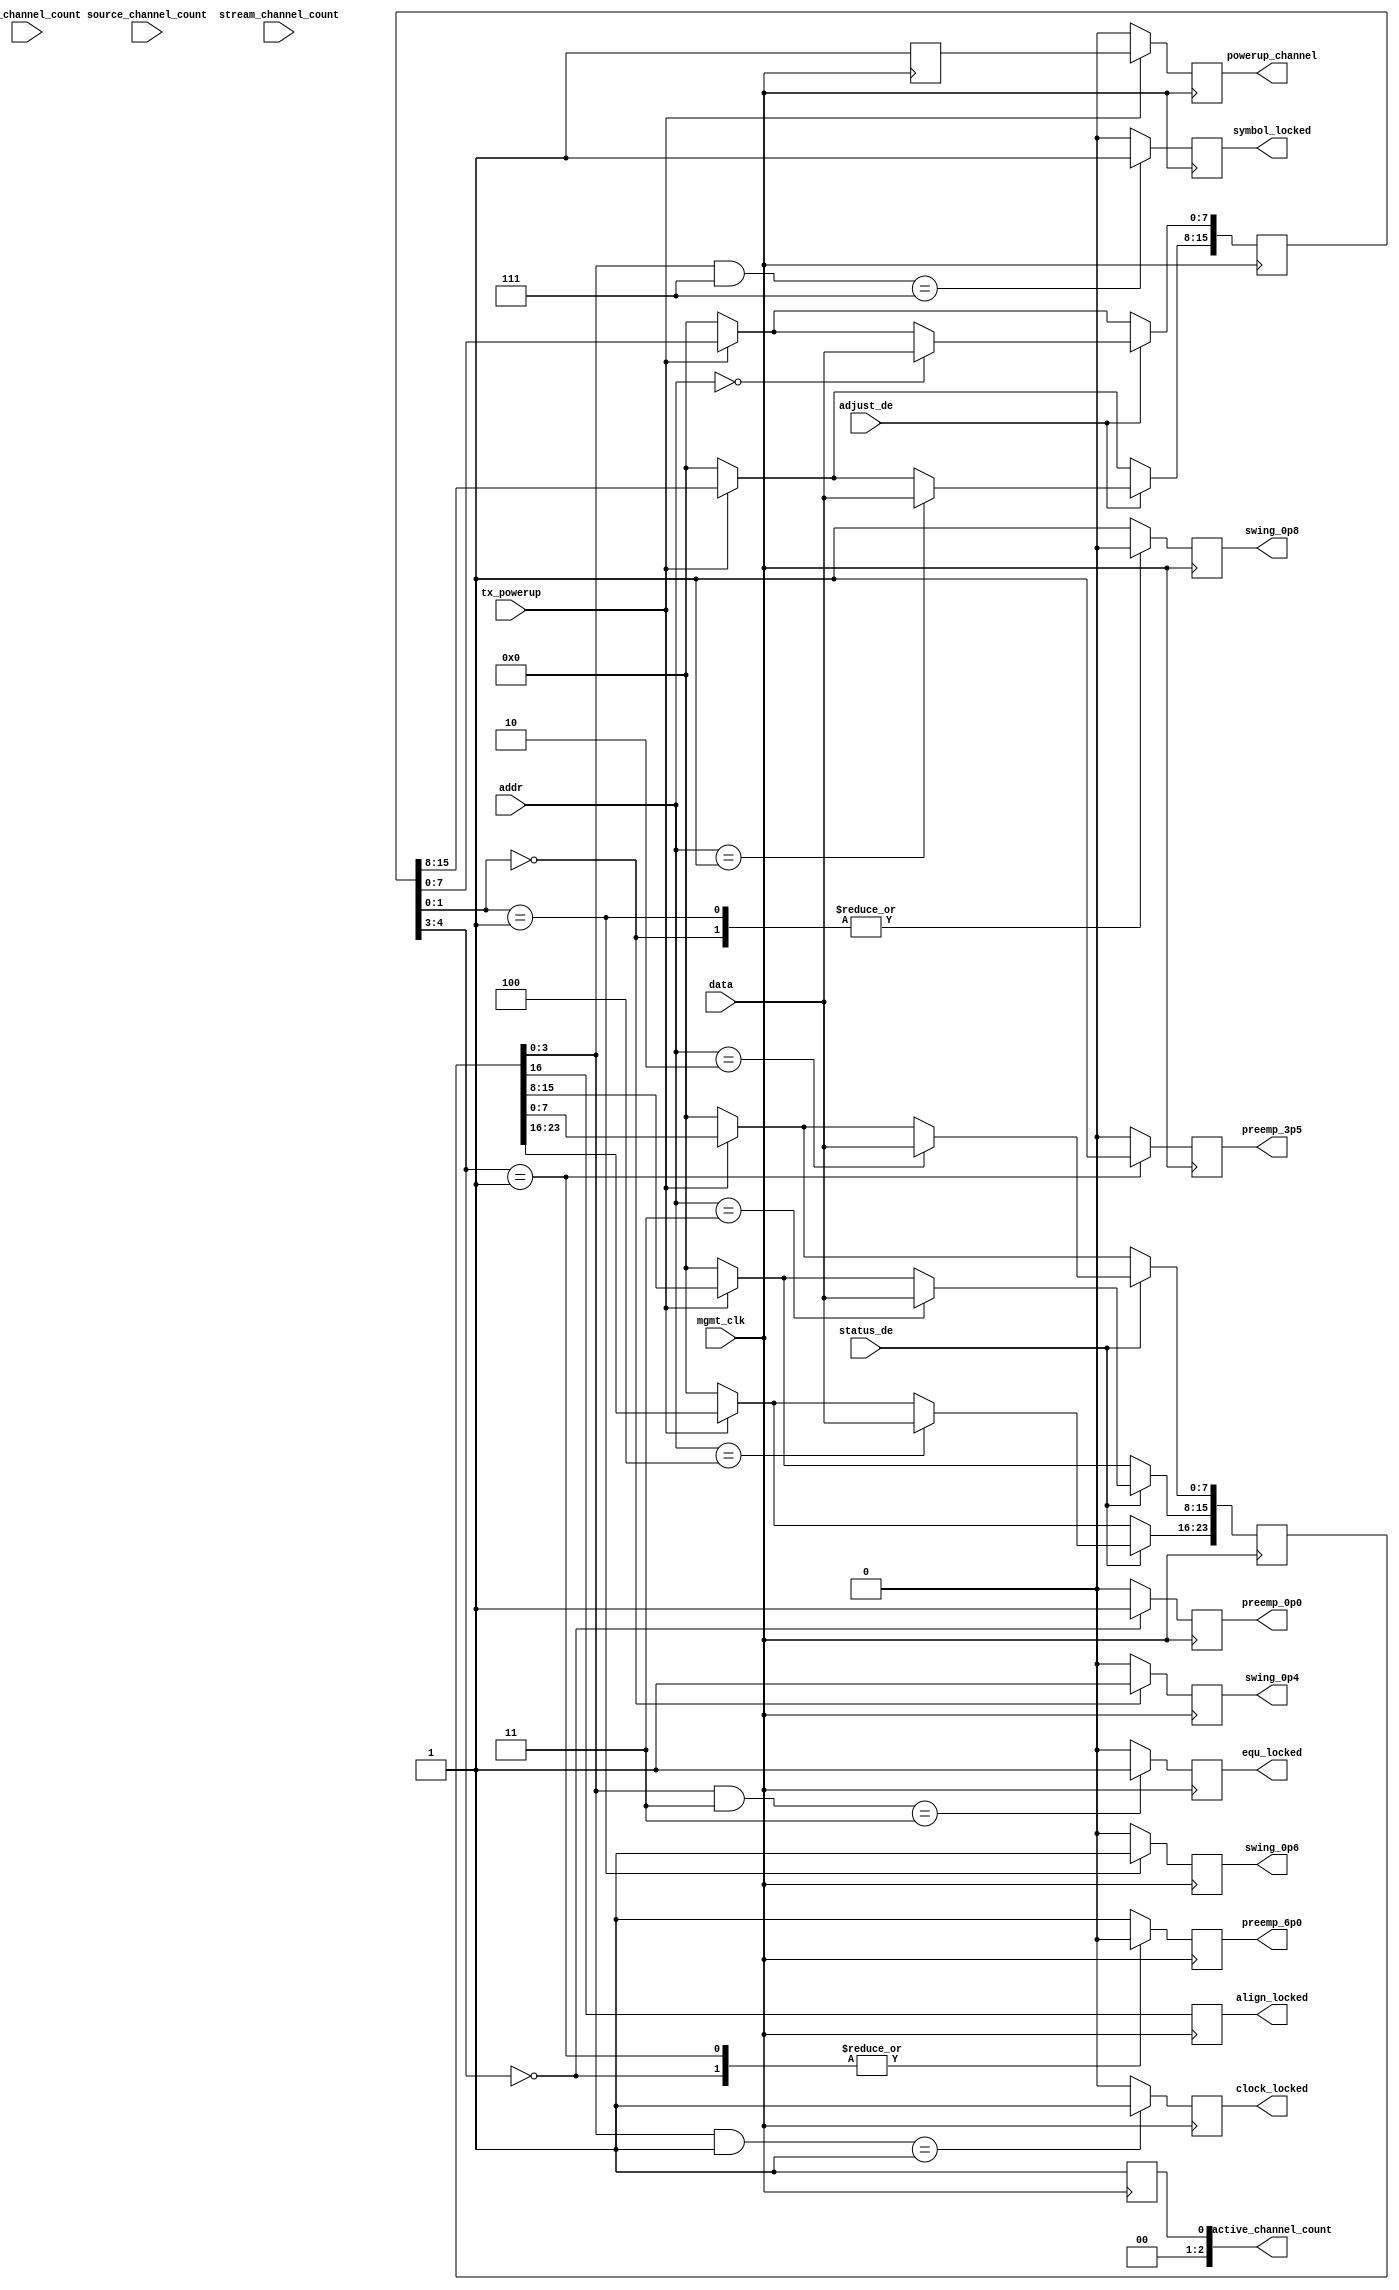
///////////////////////////////////////////////////////////////////////////////
// ./src/auxch/link_signal_mgmt.v : 
//
//
// Part of the DisplayPort_Verlog project - an open implementation of the 
// DisplayPort protocol for FPGA boards. 
//
// See https://github.com/hamsternz/DisplayPort_Verilog for latest versions.
//
///////////////////////////////////////////////////////////////////////////////
// Version |  Notes
// ----------------------------------------------------------------------------
//   1.0   | Initial Release
//
///////////////////////////////////////////////////////////////////////////////
//
// MIT License
// 
// Copyright (c) 2019 Mike Field
// 
// Permission is hereby granted, free of charge, to any person obtaining a copy
// of this software and associated documentation files (the "Software"), to deal
// in the Software without restriction, including without limitation the rights
// to use, copy, modify, merge, publish, distribute, sublicense, and/or sell
// copies of the Software, and to permit persons to whom the Software is
// furnished to do so, subject to the following conditions:
// 
// The above copyright notice and this permission notice shall be included in all
// copies or substantial portions of the Software.
// 
// THE SOFTWARE IS PROVIDED "AS IS", WITHOUT WARRANTY OF ANY KIND, EXPRESS OR
// IMPLIED, INCLUDING BUT NOT LIMITED TO THE WARRANTIES OF MERCHANTABILITY,
// FITNESS FOR A PARTICULAR PURPOSE AND NONINFRINGEMENT. IN NO EVENT SHALL THE
// AUTHORS OR COPYRIGHT HOLDERS BE LIABLE FOR ANY CLAIM, DAMAGES OR OTHER
// LIABILITY, WHETHER IN AN ACTION OF CONTRACT, TORT OR OTHERWISE, ARISING FROM,
// OUT OF OR IN CONNECTION WITH THE SOFTWARE OR THE USE OR OTHER DEALINGS IN THE
// SOFTWARE.
//
///////////////////////////////////////////////////////////////////////////////
//
// Want to say thanks?
//
// This design has taken many hours - 3 months of work for the initial VHDL
// design, and another month or so to convert it to Verilog for this release.
//
// I'm more than happy to share it if you can make use of it. It is released
// under the MIT license, so you are not under any onus to say thanks, but....
//
// If you what to say thanks for this design either drop me an email, or how about
// trying PayPal to my email (hamster@snap.net.nz)?
//
//  Educational use - Enough for a beer
//  Hobbyist use    - Enough for a pizza
//  Research use    - Enough to take the family out to dinner
//  Commercial use  - A weeks pay for an engineer (I wish!)
//
///////////////////////////////////////////////////////////////////////////////
`timescale 1ns / 1ps

module link_signal_mgmt(
        input wire        mgmt_clk,

        input wire        tx_powerup,
        
        input wire        status_de,
        input wire        adjust_de,
        input wire  [7:0] addr,
        input wire  [7:0] data,
        //-----------------------------------------
        input wire  [2:0] sink_channel_count,
        input wire  [2:0] source_channel_count,
        input wire  [2:0] stream_channel_count,
        output wire [2:0] active_channel_count,
        //-----------------------------------------
        output reg powerup_channel,
        //-----------------------------------------
        output reg   clock_locked,
        output reg   equ_locked,
        output reg   symbol_locked,
        output reg   align_locked,

        output  reg  preemp_0p0,
        output  reg  preemp_3p5,
        output  reg  preemp_6p0,
    
        output  reg  swing_0p4,
        output  reg  swing_0p6,
        output  reg  swing_0p8
    );

    reg         power_mask;
    wire [1:0]  preemp_level;
    wire  [1:0] voltage_level;
    reg  [23:0] channel_state;
    reg  [15:0] channel_adjust;
    reg  [2:0]  active_channel_count_i;
    reg  [2:0]  pipe_channel_count;


    assign active_channel_count = active_channel_count_i;
    assign voltage_level = channel_adjust[1:0];
    assign preemp_level  = channel_adjust[4:3];
    
initial begin
    active_channel_count_i = 3'b0;
        //-----------------------------------------
    powerup_channel = 4'b0;
        //-----------------------------------------
    clock_locked = 3'b0;
    equ_locked = 3'b0;
    symbol_locked = 3'b0;
    align_locked = 3'b0;
    channel_adjust = 15'b0;
    channel_state  = 24'b0;

    preemp_0p0 = 3'b0;
    preemp_3p5 = 3'b0;
    preemp_6p0 = 3'b0;
    
    swing_0p4 = 3'b0;
    swing_0p6 = 3'b0;
    swing_0p8 = 3'b0;
end

always @(posedge mgmt_clk) begin
    //--------------------------------------------------------
    // Work out how many channels will be active 
    // (the min of source_channel_count and sink_channel_count
    //
    // Also work out the power-up mask for the transceivers
    //---------------------------------------------------------
      pipe_channel_count <= 3'b001;
      active_channel_count_i <= 3'b001;
      power_mask             <= 1'b1;

    //-------------------------------------------
    // If the powerup is not asserted, then reset 
    // everything.
    //-------------------------------------------
    if(tx_powerup == 1'b1) begin
        powerup_channel  <= power_mask;
    end else begin
        powerup_channel  <= 0;
        channel_adjust   <= 15'b0;
        channel_state    <= 24'b0;
    end

    //-------------------------------------------
    // Decode the power and pre-emphasis levels
    //-------------------------------------------
    case(preemp_level)
        2'b00:   begin preemp_0p0 <= 1'b1; preemp_3p5 <= 1'b0; preemp_6p0 <= 1'b0; end
        2'b01:   begin preemp_0p0 <= 1'b0; preemp_3p5 <= 1'b1; preemp_6p0 <= 1'b0; end
        default: begin preemp_0p0 <= 1'b0; preemp_3p5 <= 1'b0; preemp_6p0 <= 1'b1; end
    endcase

    case(voltage_level)
        2'b00:   begin
                     swing_0p4 <= 1'b1;
                     swing_0p6 <= 1'b0;
                     swing_0p8 <= 1'b0;
                 end
        2'b01:   begin 
                     swing_0p4 <= 1'b0; 
                     swing_0p6 <= 1'b1;
                     swing_0p8 <= 1'b0;
                 end
        default: begin
                     swing_0p4 <= 1'b0;
                     swing_0p6 <= 1'b0; 
                     swing_0p8 <= 1'b1;
                 end
    endcase

    //---------------------------------------------
    // Receive the status data from the AUX channel
    //---------------------------------------------
    if(status_de == 1'b1) begin
        case(addr)
            8'b00000010: channel_state[7:0]   <= data;
            8'b00000011: channel_state[15:8]  <= data;                                  
            8'b00000100: channel_state[23:16] <= data;                                  
        endcase
    end

    //---------------------------------------------
    // Receive the channel adjustment request 
    //---------------------------------------------
    if(adjust_de == 1'b1) begin
        case(addr) 
            8'b00000000: channel_adjust[7:0] <= data;
            8'b00000001: channel_adjust[15:8] <= data;                                  
        endcase
    end 

    //---------------------------------------------
    // Update the status signals based on the 
    // register data recieved over from the AUX
    // channel. 
    //---------------------------------------------
    clock_locked  <= 1'b0;
    equ_locked    <= 1'b0;
    symbol_locked <= 1'b0;
    if((channel_state[3:0] & 4'h1) == 4'h1)
      clock_locked  <= 1'b1;
    if((channel_state[3:0] & 4'h3) == 4'h3)
      equ_locked    <= 1'b1;
    if((channel_state[3:0] & 4'h7) == 4'h7)
      symbol_locked <= 1'b1;
    align_locked <= channel_state[16];
end

endmodule